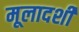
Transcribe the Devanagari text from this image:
मूलादर्शी